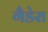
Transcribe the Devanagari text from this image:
गैडेरा